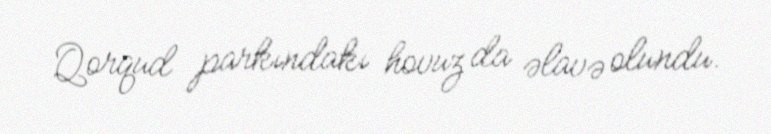
Qorqud parkındakı hovuz da əlavə olundu.